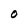
Character: O